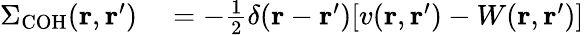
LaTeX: \begin{array}{rl}{\Sigma_{\mathrm{COH}}(\mathbf{r},\mathbf{r}^{\prime})}&{{}=-\frac{1}{2}\delta(\mathbf{r}-\mathbf{r}^{\prime})[v(\mathbf{r},\mathbf{r}^{\prime})-W(\mathbf{r},\mathbf{r}^{\prime})]}\end{array}